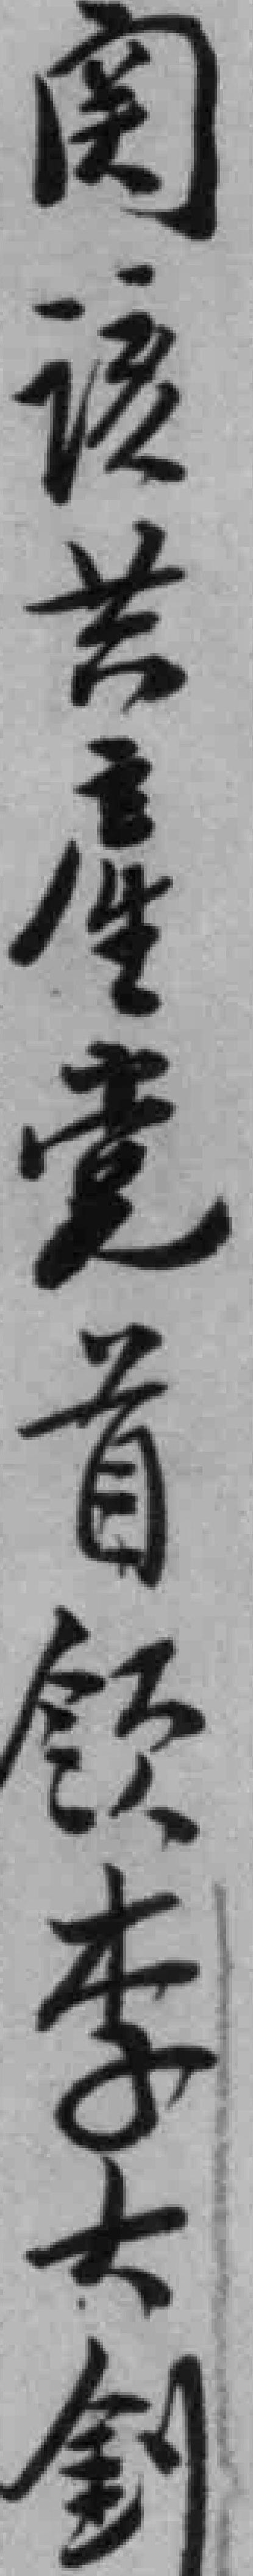
阅该共產党首领李大釗